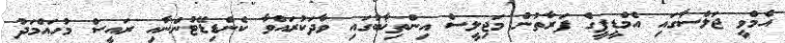
އެމްވީ ޖަލްސާގައި އެމްޑީޕީގެ ފަރާތުން މަޖިލީސް އިންތިޚާބުގައި ވާދަކުރައްވާ ކެންޑިޑޭޓުންނާއި ރައީސް މުހައްމަދު